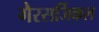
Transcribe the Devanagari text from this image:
गैरसर्जिकल